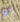
أو